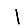
Digit: 1